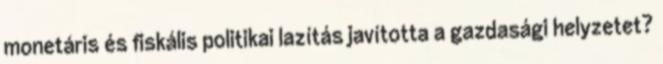
monetáris és fiskális politikai lazítás javította a gazdasági helyzetet?